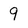
Character: 9